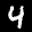
Label: 4